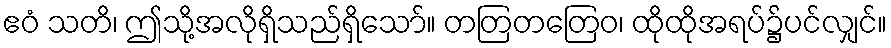
ဧဝံ သတိ၊ ဤသို့အလိုရှိသည်ရှိသော်။ တတြတတြေဝ၊ ထိုထိုအရပ်၌ပင်လျှင်။